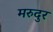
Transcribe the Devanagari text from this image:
मरुदुर